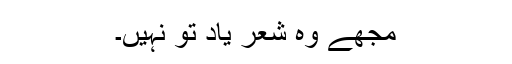
مجھے وہ شعر یاد تو نہیں۔